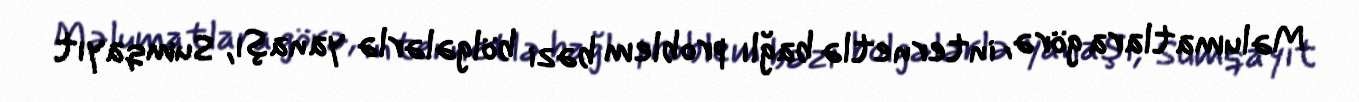
Məlumatlara görə, internetlə bağlı problem bəzi bölgələrlə yanaşı, Sumqayıt